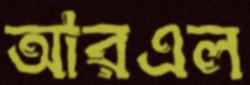
আরএল